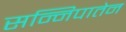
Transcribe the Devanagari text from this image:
सन्निपातेन